Vital statistics of India. Vol. IV, Annual returns from 1871 to 1876. British Army of India, Native Army and jails of Bengal
Year: 1871
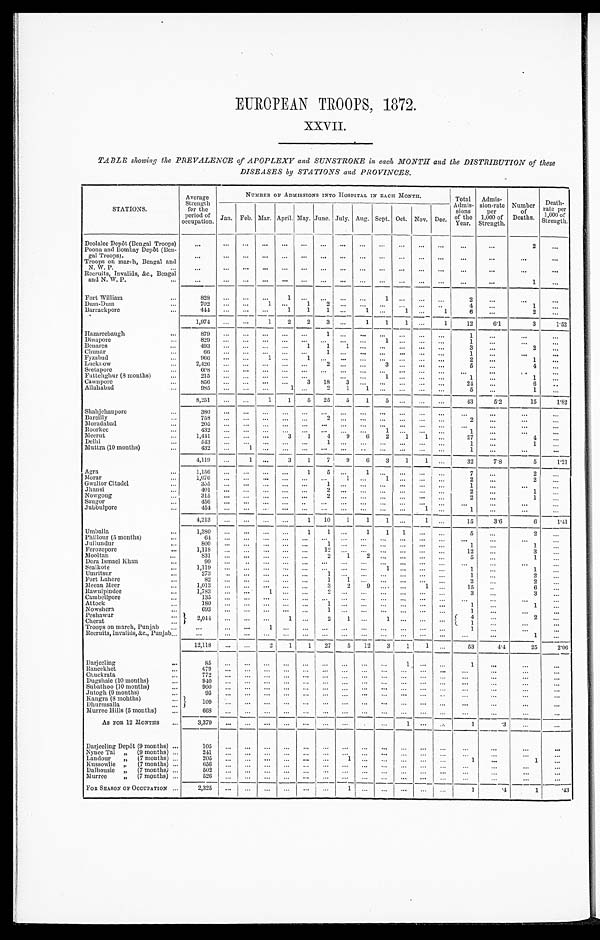
EUROPEAN TROOPS, 1872.
XXVII.
TABLE showing the PREVALENCE of APOPLEXY and SUNSTROKE in each MONTH and the DISTRIBUTION of these
DISEASES by STATIONS and PROVINCES.
STATIONS.
Average
Strength
for the
period of
occupation.
NUMBER OF ADMISSIONS INTO HOSPITAL IN EACH MONTH.
Total
Admis-
sions
of the
Year.
Admis-
sion-rate
per
1,000 of
Strength.
Number
of
Deaths.
Death-rate per
1,000 of
Strength.
Jan. Feb. Mar. April. May. June. July. Aug. Sept. Oct. Nov. Dec.
Deolalee Depot (Bengal Troops)
...
...
...
...
...
...
...
...
... ...
...
...
...
...
...
2
...
Poona and Bombay Depôt (Ben-
gal Troops). ...
...
... ... ...
...
...
...
...
...
...
...
...
...
...
...
...
...
Troops on march, Bengal and
N. W. P.
...
...
...
... ... ... ... ... ... ... ... ... ... ...
...
...
...
...
Recruits, Invalids, &c., Bengal
and N. W. P. ...
...
... ... ... ... ... ... ... ... ... ...
... ...
...
...
1
...
Fort William ...
828
... ... ...
1 ... ... ... ... 1
... ... ...
2
...
...
...
Dum-Dum
...
702
...
...
1 ...
1 2
... ... ... ... ... ...
4
...
1
...
Barrackpore
...
444 ... ...
...
1
1 1
...
1 ...
1 ...
1
6
...
2
...
1,974
...
...
1
2
2
3 ...
1
1
1 ...
1
12
6.1
3
1.52
Hazareebaugh
...
879 ... ... ... ... ... 1
... ... ... ... ... ...
1
...
...
...
Dinapore
...
829 ... ... ... ... ... ... ... ...
1 ... ...
...
1
...
...
...
Benares
...
493 ... ... ... ...
1
1
1 ...
...
...
...
...
3
...
2 ...
Chunar ...
66 ... ... ... ... ...
1 ...
...
...
...
...
...
1 ...
...
...
Fyzabad
...
966
...
...
1 ...
1 ... ... ... ...
...
...
...
2
...
1
...
Lucknow
... 2,426
... ... ... ... ... 2
...
...
3 ...
...
...
5 ...
4 ...
Seetapore
... 608
... ... ... ... ... ...
...
... ... ...
...
...
...
...
...
...
Futtehghur (8 months)
...
215
...
... ... ... ...
...
...
... 1
...
...
...
1 ...
1
...
Cawnpore ...
856
... ... ...
...
3
18
3 ... ... ...
. . ....
24
...
6
..
Allahabad ...
985 ... ... ...
1 ...
2
1 1
... ... ... ...
5
...
1 ...
8,251
...
...
1
1
5
25
5
1
5 ... ...
...
43
5.2
15
1.82
Shahjehanpore
...
380
...
...
... ...
... ... ...
...
...
...
...
...
...
...
...
...
Bareilly ...
758 ... ... ...
... ... 2
... ... ... ...
...
2
...
...
...
Moradabad
...
205 ... ... ... ... ... ...
... ...
...
...
...
...
...
...
...
...
Roorkee
... 432
... ... ... ... ... ... ... ... 1
...
...
1 ...
...
...
Meerut
...
1,441 ... ...
...
3
1
4
9
6
2
1
1 ...
27
...
4
...
Delhi
...
543 ... ... ... ... ...
1 ...
...
...
...
...
...
1
...
1
...
Muttra (10 months) ...
432
...
1 ... ...
...
...
...
...
...
...
...
...
1
...
...
...
4,119
...
1 ...
3
1
7
9
6
3
1
1 ...
32
7.8
5
1.21
Agra
...
1,156 ... ... ...
...
1 5
... 1
... ...
...
...
7
...
2
...
Morar ...
1,076
... ... ... ... ... ...
1 ...
1 ... ... ...
2
...
2
...
Gwalior Citadel
...
335 ... ... ... ... ...
1 ... ... ... ... ... ...
1
...
...
...
Jhansi ...
401 ... ... ... ... ...
2 ... ...
...
... ...
...
2 ...
1 ...
Nowgong ...
315
... ... ... ... ... 2
... ... ... ... ... ...
2
...
1
...
Saugor
... 456
... ...
... ... ...
...
...
... ...
...
...
...
... ...
...
...
Jubbulpore
...
454
...
... ...
...
...
...
...
...
...
...
1 ...
1
...
...
...
4,213
...
... ...
...
1
10
1
1 1
...
1 ...
15
3.6
6
1.41
Umballa
...
1,380
...
...
...
...
1
1 ...
1
1
1 ... ...
5
...
2
...
Phillour (5 months)
... 64
... ... ... ...
...
...
...
...
...
...
...
...
...
...
...
...
...
Jullundur
...
800 ... ... ... ... ...
1 ... ...
... ... ... ...
1 ..
1
...
Ferozepore
... 1,118
... ... ... ... ... 12 ... ... ... ... ... ...
12
...
3
...
Mooltan ...
831 ... ... ... ... ...
2
1 2
... ... ... ...
5
...
1
...
Dera Ismael Khan
...
99
...
...
... ... ... ... ... ...
...
...
...
...
...
...
...
...
Sealkote
...
1,119
...
...
...
... ... ... ... ... 1
... ... ...
1
...
1 ...
Umritsur ...
273 ... ... ... ... ...
1 ...
... ...
...
...
...
1
...
2
...
...
Fort Lahore
...
82 ... ... ... ... ...
1
1 ... ... ... ... ...
2 ...
2
...
Meean Meer
... 1,013
... ... ... ... ...
3
2 9
... ...
1 ...
15
...
6 ...
Rawulpindee
...
1,783
... ... 1
... ... 2
... ... ... ... ... ...
3
...
3
...
...
Cambellpore
... 135
... ... ... ... ... ... ... ... ... ... ... ...
...
...
... ...
Attock
...
180
...
...
...
...
...
1 ...
... ... ...
...
...
1
...
1
...
Nowshera
...
693
... ... ...
...
...
1 ... ... ... ... ... ...
1
...
...
...
Peshawar
...
2,044
...
...
...
1 ...
2
1
... 1
... ... ...
4
...
2
...
Cherat ...
1
...
...
...
Troops on march, Punjab ... ...
... ... 1
...
...
...
...
...
...
...
...
...
1
...
... ...
Recruits, Invalids, &c., Punjab ...
...
...
...
...
...
... ...
...
... ...
...
...
...
...
...
1
...
12,118 ... ...
2
1
1
27
5
12
3
1
1 ...
53
4.4
25
2.06
Darjeeling
...
85
...
...
...
...
...
...
...
...
...
1
...
...
1
...
...
...
Raneekhet ...
479 ... ... ... ... ... ... ... ... ... ... ... ...
... ...
...
...
Chuckrata
...
772 ... ... ...
... ... ...
... ... ...
...
... ...
...
...
...
...
Dugshaie (10 months) ...
940
... ... ... ... ... ... ... ... ... ... ...
...
...
...
...
...
Subathoo (10 months) ...
900
...
...
...
...
...
...
..
...
...
...
...
...
...
...
...
...
Jutogh (9 months)
...
95
... ...
...
...
...
...
...
... ... ... ... ...
... ...
...
Kangra (8 months) ...
109
... ... ... ... ... ... ... ... ... ... ... ...
...
...
...
...
Dhurmsalla ...
Murree Hills (5 mouths)
...
668
...
...
...
...
...
...
...
...
... ...
... ...
...
...
...
...
AS FOR 12 MONTHS ... 3,379
... ... ... ... ... ... ... ... ... 1
... ...
1
.3
...
...
Darjeeling Depôt (9 months) ...
105
...
...
...
...
...
...
...
... ...
...
...
...
...
...
...
...
Nynee Tal „
(9 months) ...
241
...
... ...
...
...
...
...
...
...
...
...
... ...
...
... ...
Landour
„
(7 months) ...
205
... ...
...
...
... ... 1
... ... ... ...
... 1
...
1
...
Kussowlie „
(7 months) ... 656
... ... ... ... ... ... ... ... ... ... ... ... ... ...
...
...
Dalhousie „
(7 months) ... 502
... ... ... ... ... ... ... ... ... ... ...
...
...
...
...
...
Murree
„
(7 mouths) ...
526
...
... ...
...
... ... ... ...
... ... ...
...
...
... ...
...
F OR S EASON OF O CCUPATION ...
2,325
...
... ... ...
... ...
1
...
...
...
... ...
1
.4
1
.43